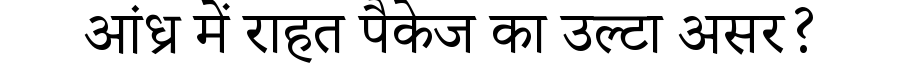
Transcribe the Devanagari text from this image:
आंध्र में राहत पैकेज का उल्टा असर?